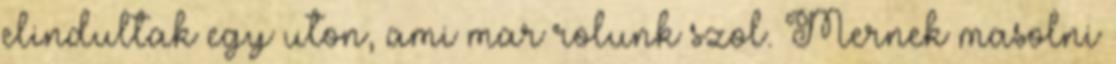
elindultak egy uton, ami mar rolunk szol. Mernek masolni